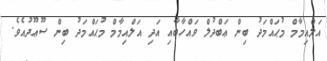
އަލްއިމާމް މުޙައްމަދު ބިން ޢަބްދުލް ވައްހާބާއި އަދި އަލްއިމާމް މުޙައްމަދު ބިން ސޫޢޫދުއެވެ.